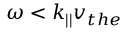
\omega < k _ { | | } v _ { t h e }